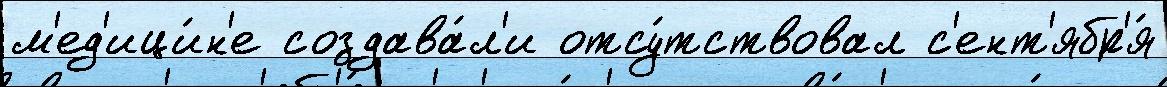
м'ед'ици́н'е создава́л'и отсу́тствовал с'ент'ябр'я́